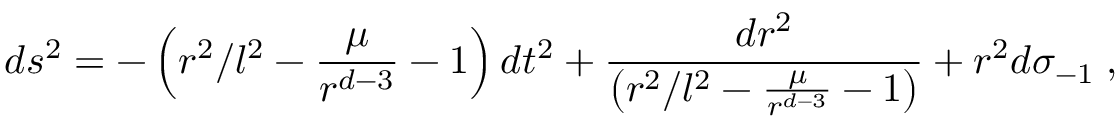
d s ^ { 2 } = - \left( r ^ { 2 } / l ^ { 2 } - \frac { \mu } { r ^ { d - 3 } } - 1 \right) d t ^ { 2 } + \frac { d r ^ { 2 } } { \left( r ^ { 2 } / l ^ { 2 } - \frac { \mu } { r ^ { d - 3 } } - 1 \right) } + r ^ { 2 } d \sigma _ { - 1 } \; ,